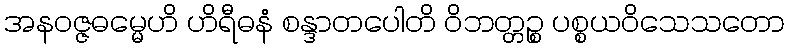
အနဝဇ္ဇဓမ္မေဟိ ဟိရီဓနံ စန္ဒာတပေါတိ ဝိဘတ္တဉ္စ ပစ္စယဝိသေသတော